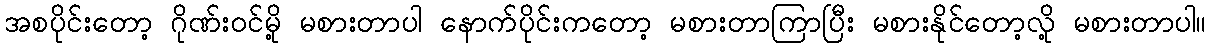
အစပိုင်းတော့ ဂိုဏ်းဝင်မို့ မစားတာပါ နောက်ပိုင်းကတော့ မစားတာကြာပြီး မစားနိုင်တော့လို့ မစားတာပါ။